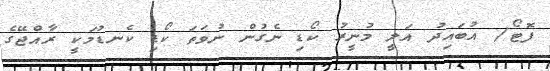
ފޮޓޯ/ އުބައިދު އަލީ މުނީރު ކޯޑި ނެގުން ނުވަތަ ކޯޑި ކެނޑުމަކީ ރާއްޖޭގެ